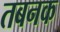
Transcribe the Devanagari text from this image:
तबनक